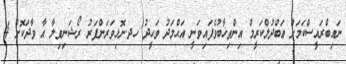
ނައިބްރައީސްކަމަށް ޢަބްދުލްކަރީމް އިންތިޚާބުވެފައިވަނީ އަޙްމަދު ވަޙީދު ހދ.ނޮޅިވަރަންފަރު ރޯޝަނިވިލާ އާ ވާދަކޮށް 4